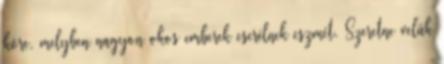
köre, mely­ben nagyon okos emberek cserélnek eszmét. Szeretne velük